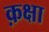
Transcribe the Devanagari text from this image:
क़क्षा